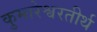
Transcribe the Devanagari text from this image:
कुमारेश्वरतीर्थ